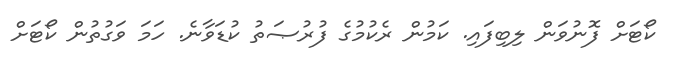
ކޯޓަށް ފޮނުވަން ލިބިފައި. ކަމުން ރެކުމުގެ ފުރުޞަތު ކުޑަވާނެ. ހަމަ ވަގުތުން ކޯޓަށް